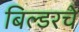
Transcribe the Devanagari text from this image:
बिल्डरचे